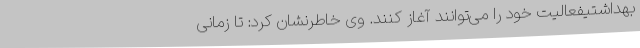
بهداشتیفعالیت خود را می‌توانند آغاز ‌کنند. وی خاطرنشان کرد: تا زمانی